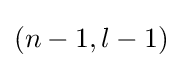
(n-1,l-1)